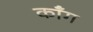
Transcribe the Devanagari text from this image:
कॉंग